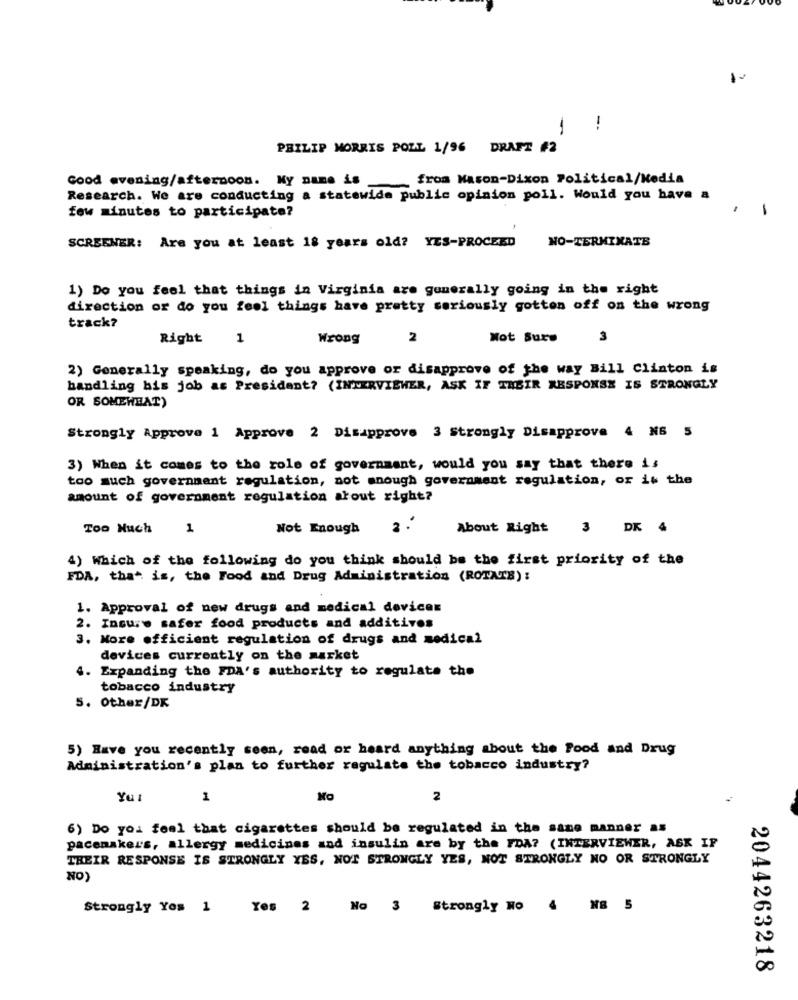
1
1
!
PHILIP MORRIS POLL 1/96 DRAFT #2
Good evening/afternoon. My name is
from Mason-Dixon Political/Media
Research. We are conducting a statewide public opinion poll. Would you have a
few minutes to participate?
-
NO-TERMINATE
SCREENER: Are you at least 18 years old? YES-PROCEED
1) Do you feel that things in Virginia are generally going in the right
direction or do you feel things have pretty seriously gotten off on the wrong
track?
Right
1
Wrong
2
Not Sure
3
2) Generally speaking, do you approve or disapprove of the way Bill Clinton is
handling his job as President? (INTERVIEWER, ASK IF THEIR RESPONSE IS STRONGLY
OR SOMEWEAT)
Strongly Approve 1 Approve 2 Disapprove 3 Strongly Disapprove 4 N6 5
3) When it comes to the role of government, would you say that there is
too much government regulation, not enough government regulation, or is the
amount of government regulation atout right?
Too Much
1
Not Enough
About Right
3 DK 4
4) Which of the following do you think should be the first priority of the
FDA, that is, the Food and Drug Administration (ROTATE) :
1. Approval of new drugs and medical devices
2. Insure safer food products and additives
3. More efficient regulation of drugs and medical
devices currently on the market
. Expanding the FDA's authority to regulate the
tobacco industry
5. Other/DK
5) Have you recently seen, read or heard anything about the Food and Drug
Administration's plan to further regulate the tobacco industry?
YuI
1
No
2
6) Do you feel that cigarettes should be regulated in the same manner as
pacemaker's, allergy medicines and insulin are by the FDA? (INTERVIEWER, ASK IF
THEIR RESPONSE IS STRONGLY YES, NOT STRONGLY YES, NOT STRONGLY NO OR STRONGLY
NO)
Strongly Yos 1
Yes 2 No 3 Strongly Mo 4 NB 5
2044263218